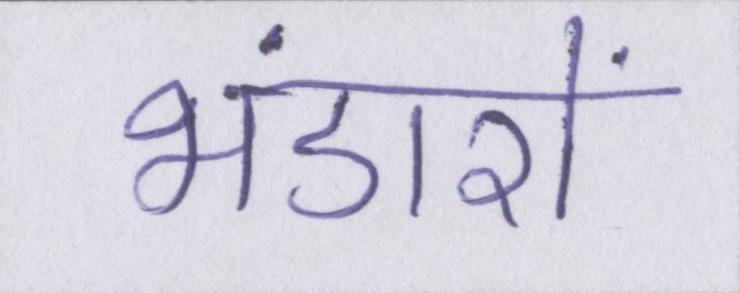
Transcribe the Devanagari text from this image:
भंडारों